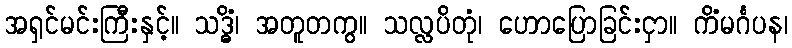
အရှင်မင်းကြီးနှင့်။ သဒ္ဓိံ၊ အတူတကွ။ သလ္လပိတုံ၊ ဟောပြောခြင်းငှာ။ ကိံမင်္ဂပန၊